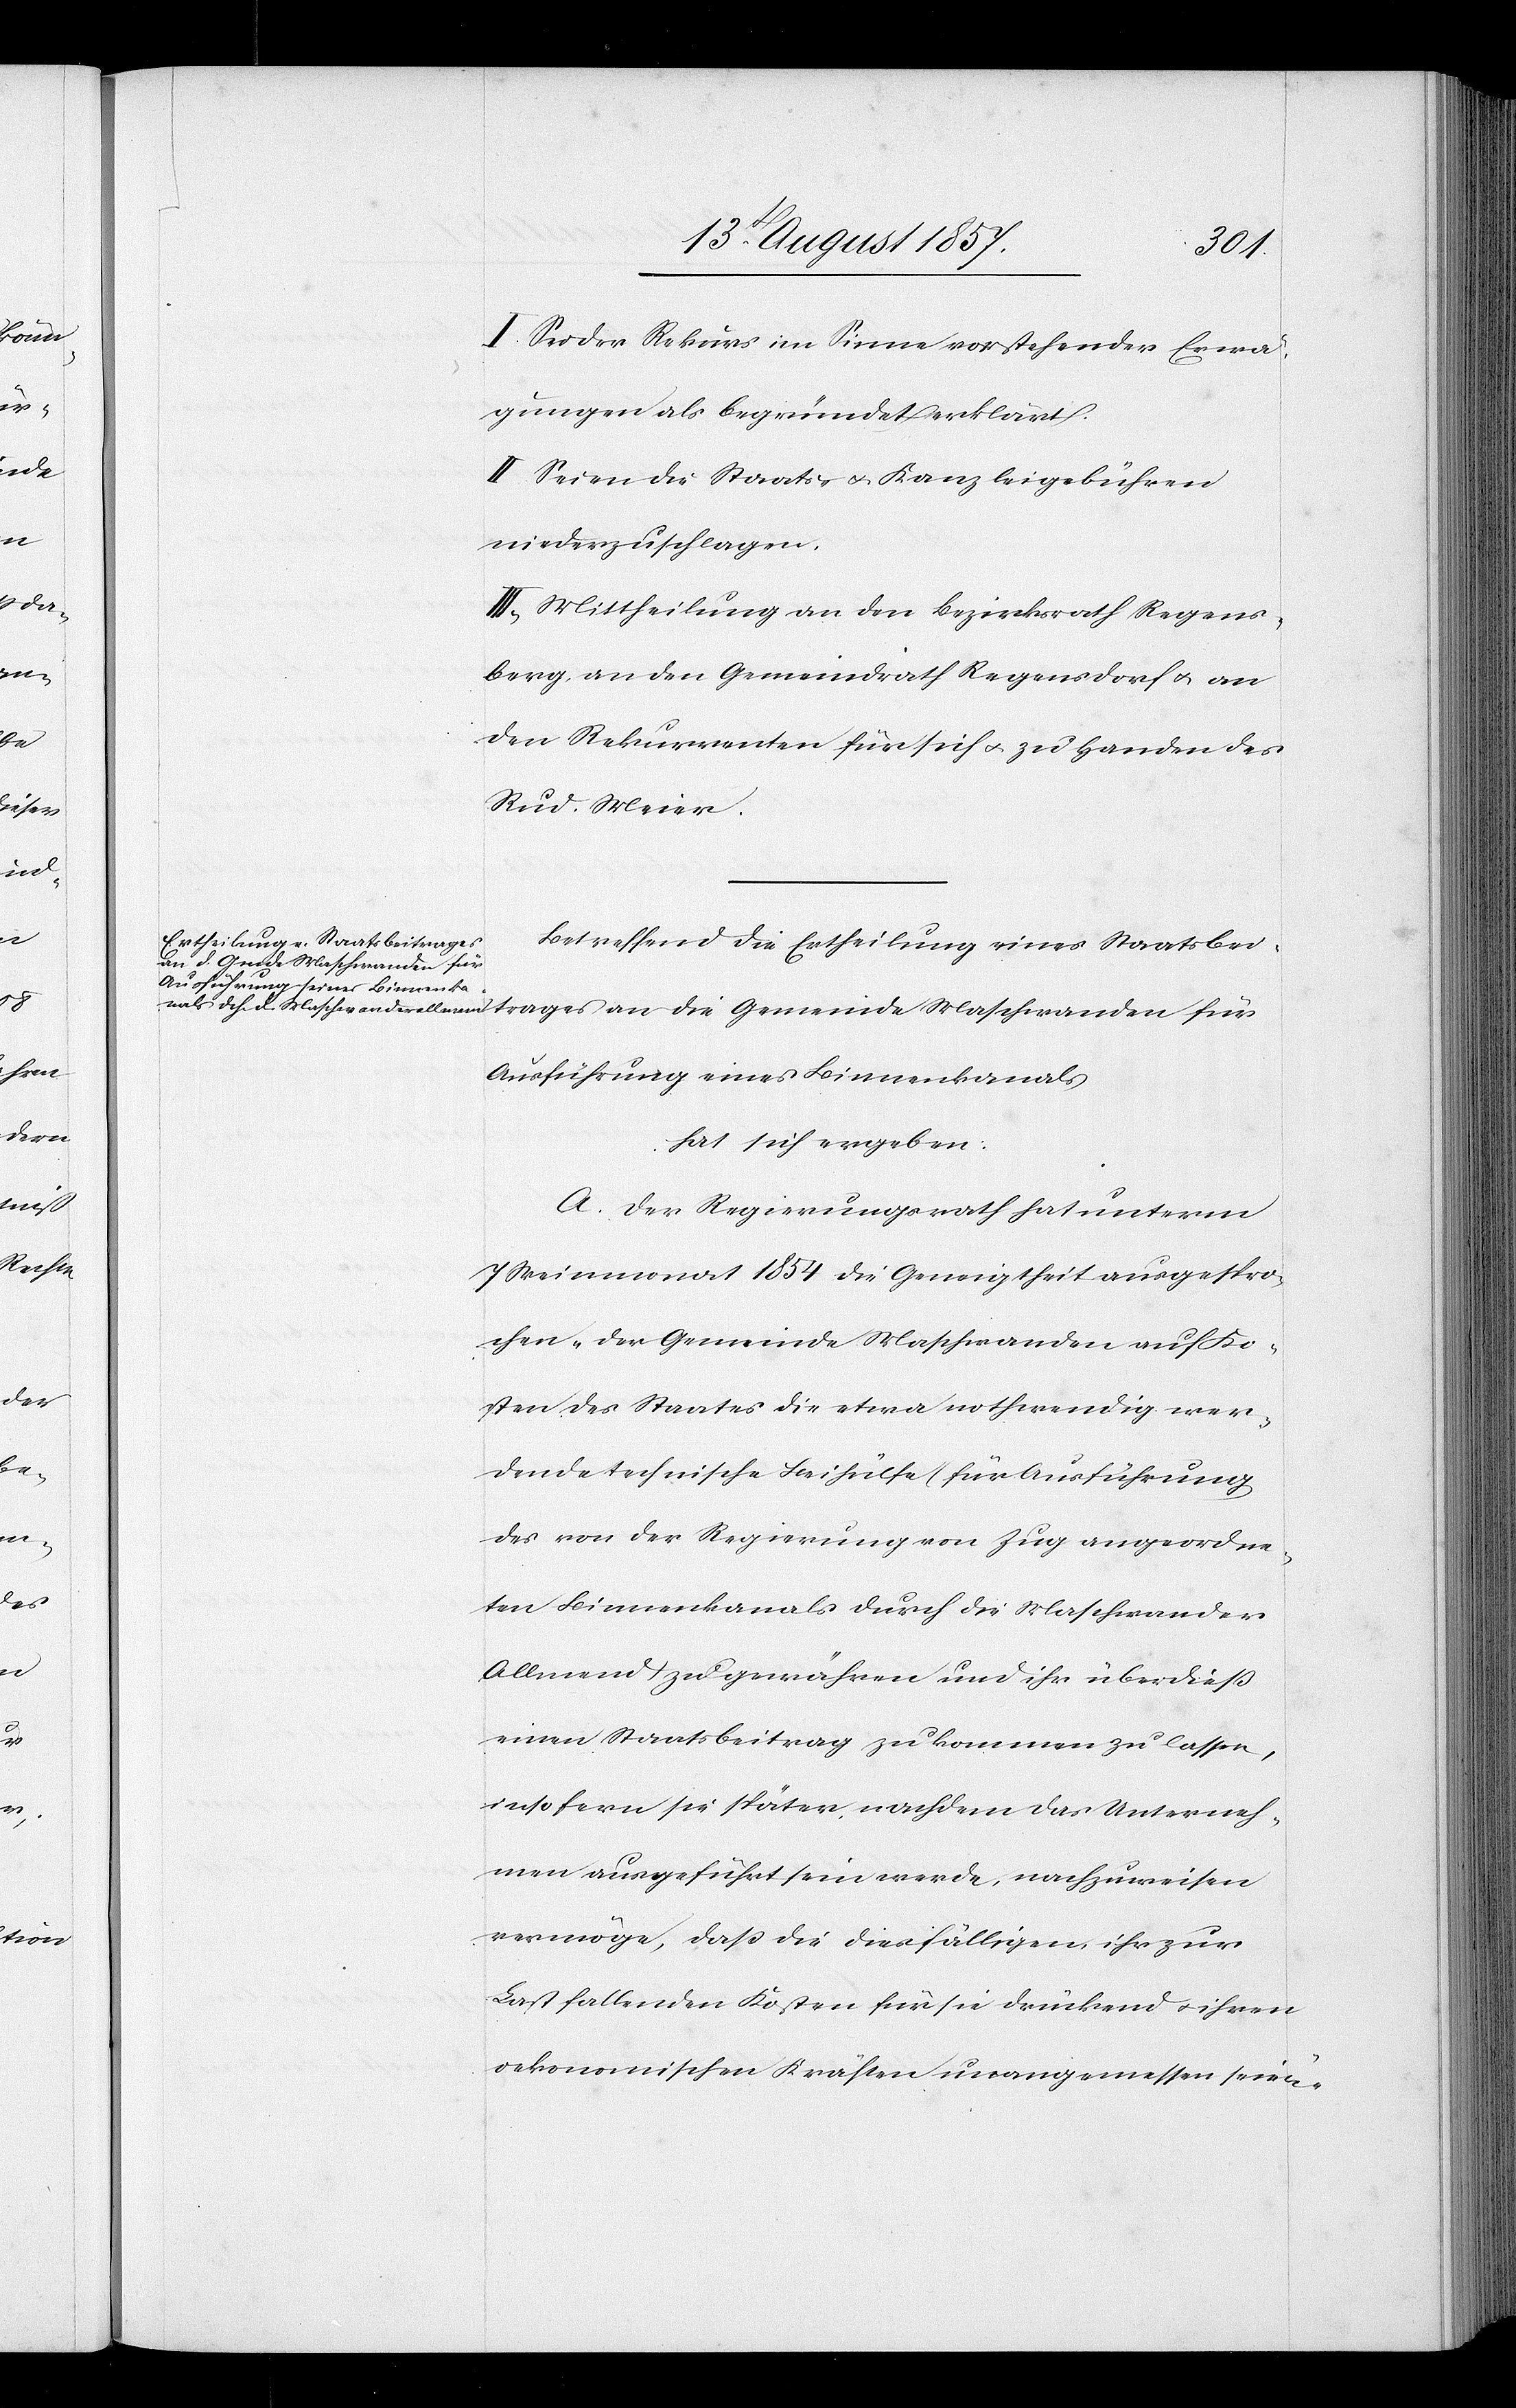
trages
I. Sei der Rekurs im Sinne vorstehender Erwä¬
gungen als begründet erklärt.
II. Seien die Staats- & Kanzleigebühren
niederzuschlagen.
III. Mittheilung an den Bezirksrath Regens¬
berg, an den Gemeindrath Regensdorf & an
den Rekurrenten für sich & zu Handen des
Rud. Meier.
Betreffend die Errichtung eines Staatsbei¬
an die Gemeinde Maschwanden für
Ausführung eines Binnenkanals
hat sich ergeben:
A. Der Regierungsrath hat unterm
7 Weinmonat 1854 die Geneigtheit ausgespro¬
chen „der Gemeinde Maschwanden auf Ko¬
sten des Staates die etwa nothwendig wer¬
dende technische Beihülfe (für Ausführung
des von der Regierung von Zug angeordne¬
ten Binnenkanals durch die Maschwander
Allmend) zu gewähren und ihr überdieß
einen Staatsbeitrag zu kommen zu lassen,
insofern sie später nachdem das Unterneh¬
men ausgeführt sein werde, nachzuweisen
vermöge, daß die dießfälligen ihr zur
Last fallenden Kosten für sie drückend & ihren
oekonomischen Kräften unangemessen seien.“